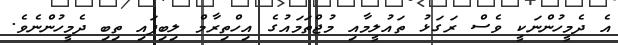
އެ ދެމީހުންނަކީ ވެސް ރަގަޅު ތައުލީމާއި މުޖްތަމައުގެ އިހްތިރާމް ލިބިފައި ތިބި ދެމީހުންނެވެ.